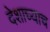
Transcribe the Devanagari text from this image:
देशाच्याच